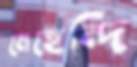
মেহেন্দি